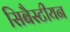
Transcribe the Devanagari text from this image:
सिबैस्टीयन